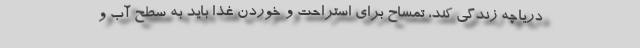
دریاچه زندگی کند، تمساح برای استراحت و خوردن غذا باید به سطح آب و